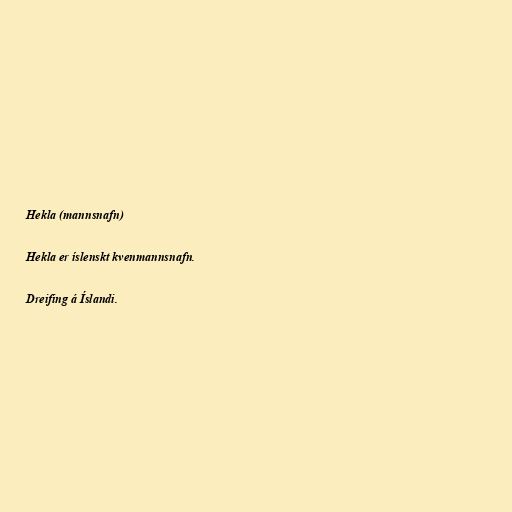
Hekla (mannsnafn)

Hekla er íslenskt kvenmannsnafn.

Dreifing á Íslandi.